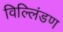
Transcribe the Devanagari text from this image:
विल्लिंडण